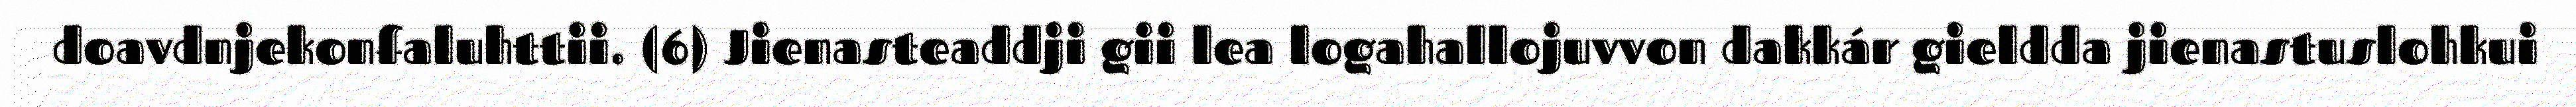
doavdnjekonfaluhttii. (6) Jienasteaddji gii lea logahallojuvvon dakkár gieldda jienastuslohkui